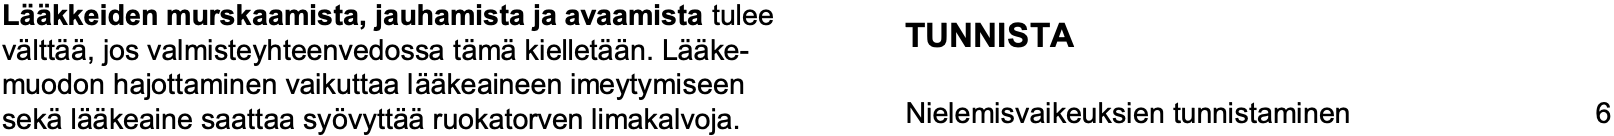
Lääkkeiden murskaamista, jauhamista ja avaamistatulee TUNNISTA välttää, jos valmisteyhteenvedossa tämäkielletään. Lääke- muodon hajottaminen vaikuttaa lääkeaineen imeytymiseen sekälääkeaine saattaa syövyttääruokatorven limakalvoja. Nielemisvaikeuksien tunnistaminen 6